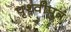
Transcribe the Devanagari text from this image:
पृथ्वीपुत्र